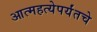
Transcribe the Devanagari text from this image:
आत्महत्येपर्यंतचे